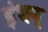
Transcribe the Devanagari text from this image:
इंधन्